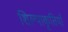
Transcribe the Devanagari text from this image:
शिल्पाकृतियाँ